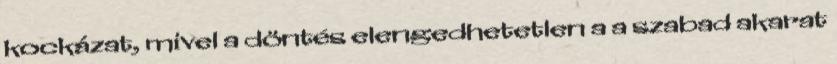
kockázat, mivel a döntés elengedhetetlen a a szabad akarat